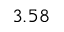
3 . 5 8